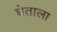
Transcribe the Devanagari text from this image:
घेताला